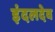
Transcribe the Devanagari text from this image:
इंदलदेव